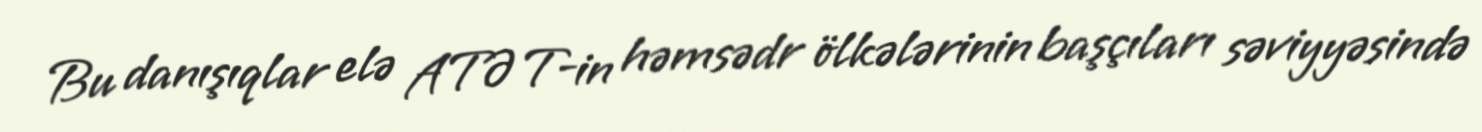
Bu danışıqlar elə ATƏT-in həmsədr ölkələrinin başçıları səviyyəsində